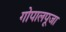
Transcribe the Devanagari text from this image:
गोपालपूजा